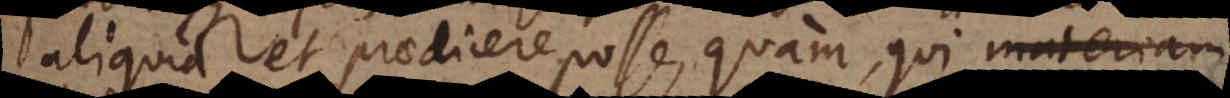
aliquid et praedicere posse, quam, qui materiam